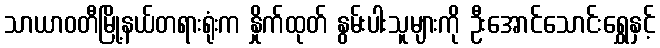
သာယာဝတီမြို့နယ်တရားရုံးက နှိုက်ထုတ် နွမ်းပါးသူများကို ဦးအောင်သောင်းရွှေနှင့်